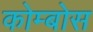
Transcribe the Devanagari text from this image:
कोम्बोस